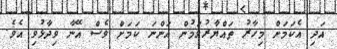
އަދި އެކަމަށް މިހާރު ތައްޔާރުވަމުން އަންނަ ކަމަށް ވެސް އޭނާ ވިދާޅުވި އެވެ.